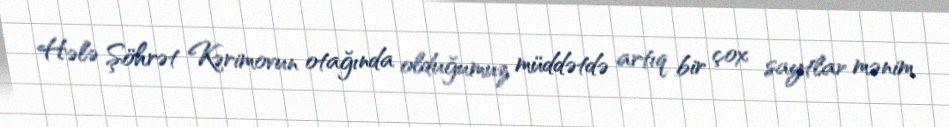
Hələ Şöhrət Kərimovun otağında olduğumuz müddətdə artıq bir çox saytlar mənim